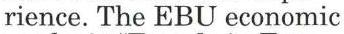
rience. The EBU economic